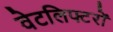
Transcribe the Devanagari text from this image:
वेटलिफ्टरों